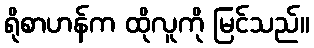
ရိုစာဟန်က ထိုလူကို မြင်သည်။